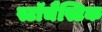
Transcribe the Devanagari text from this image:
स्टॉचैस्टिक